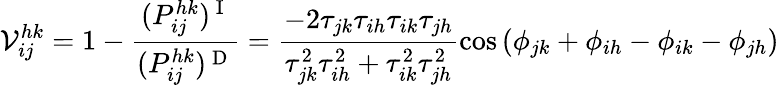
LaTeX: \mathcal{V}_{ij}^{hk}=1-\frac{(P_{ij}^{hk})^{\mathrm{~I~}}}{(P_{ij}^{hk})^{\mathrm{~D~}}}=\frac{-2\tau_{jk}\tau_{ih}\tau_{ik}\tau_{jh}}{\tau_{jk}^{2}\tau_{ih}^{2}+\tau_{ik}^{2}\tau_{jh}^{2}}\cos\left(\phi_{jk}+\phi_{ih}-\phi_{ik}-\phi_{jh}\right)